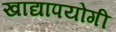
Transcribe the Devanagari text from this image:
खाद्यापयोगी